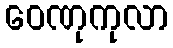
ဝေဏုကုလာ